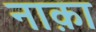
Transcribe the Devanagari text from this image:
नाक़ा